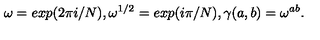
\omega = e x p ( 2 \pi i / N ) , \omega ^ { 1 / 2 } = e x p ( i \pi / N ) , \gamma ( a , b ) = \omega ^ { a b } .